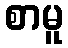
စာမူ